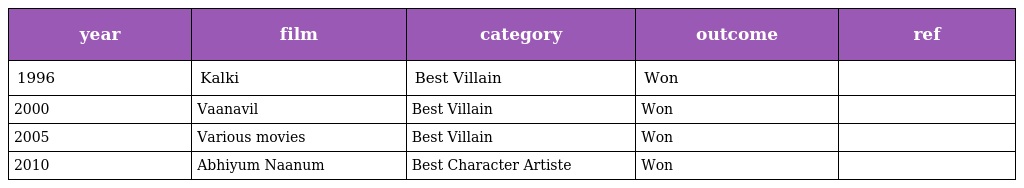
| year | film | category | outcome | ref |
 | --- | --- | --- | --- | --- |
 | 1996 | Kalki | Best Villain | Won |  |
 | 2000 | Vaanavil | Best Villain | Won |  |
 | 2005 | Various movies | Best Villain | Won |  |
 | 2010 | Abhiyum Naanum | Best Character Artiste | Won |  |